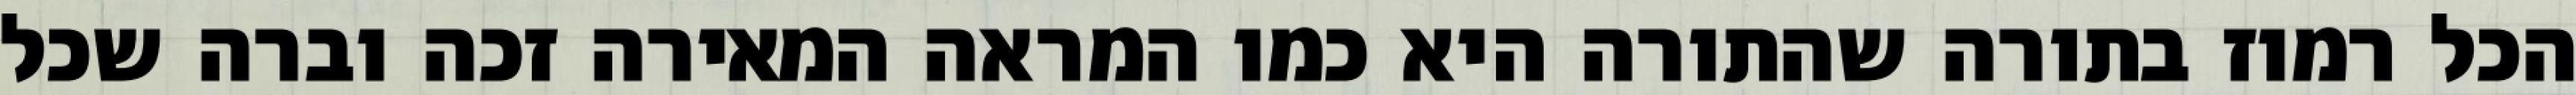
הכל רמוז בתורה שהתורה היא כמו המראה המאירה זכה וברה שכל